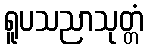
ရူပသညာသုတ္တံ